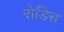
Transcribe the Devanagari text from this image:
रोडिस